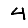
Digit: 4